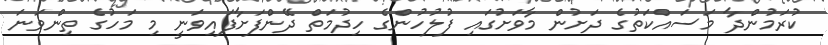
ކުރަމުންދާ މަސައްކަތުގެ ދަށުން މާވަށުގައި ފުލުހުންގެ ހިދުމަތް ދޭންފަށާފައިވަނީ މި މަހުގެ ތިންވަނަ